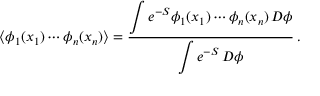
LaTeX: \left\langle \phi _ { 1 } ( x _ { 1 } ) \cdots \phi _ { n } ( x _ { n } ) \right\rangle = { \frac { \displaystyle \int e ^ { - S } \phi _ { 1 } ( x _ { 1 } ) \cdots \phi _ { n } ( x _ { n } ) \, D \phi } { \displaystyle \int e ^ { - S } \, D \phi } } \, .